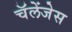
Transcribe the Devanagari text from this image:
चॅलेंजेस